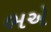
ભએ